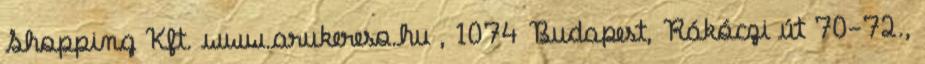
Shopping Kft. www.arukereso.hu , 1074 Budapest, Rákóczi út 70-72.,